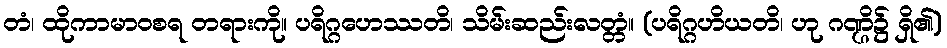
တံ၊ ထိုကာမာဝစရ တရားကို။ ပရိဂ္ဂဟေဿတိ၊ သိမ်းဆည်းလတ္တံ။ (ပရိဂ္ဂဟိယတိ၊ ဟု ဂဏ္ဌိ၌ ရှိ၏)